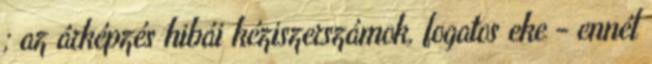
; az árképzés hibái kéziszerszámok, fogatos eke - ennél